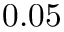
0 . 0 5